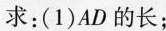
求：(1)AD的长；